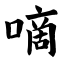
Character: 嘀